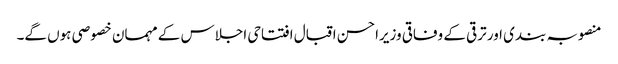
منصوبہ بندی اور ترقی کے وفاقی وزیراحسن اقبال افتتاحی اجلاس کے مہمان خصوصی ہوں گے۔